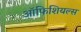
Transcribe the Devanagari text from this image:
ऑफिशियल्स